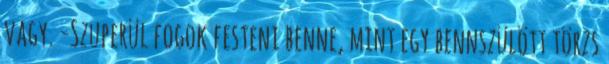
vagy. -Szuperül fogok festeni benne, mint egy bennszülött törzs